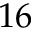
1 6